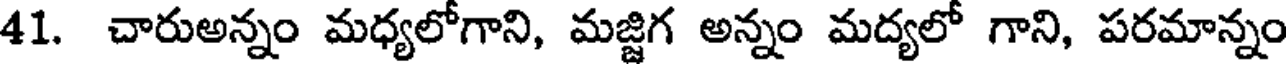
41. చారుఅన్నం మధ్యలోగాని, మజ్జిగ అన్నం మద్యలో గాని, పరమాన్నం